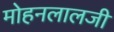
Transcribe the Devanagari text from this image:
मोहनलालजी